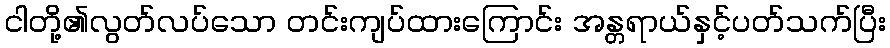
ငါတို့၏လွတ်လပ်သော တင်းကျပ်ထားကြောင်း အန္တရာယ်နှင့်ပတ်သက်ပြီး